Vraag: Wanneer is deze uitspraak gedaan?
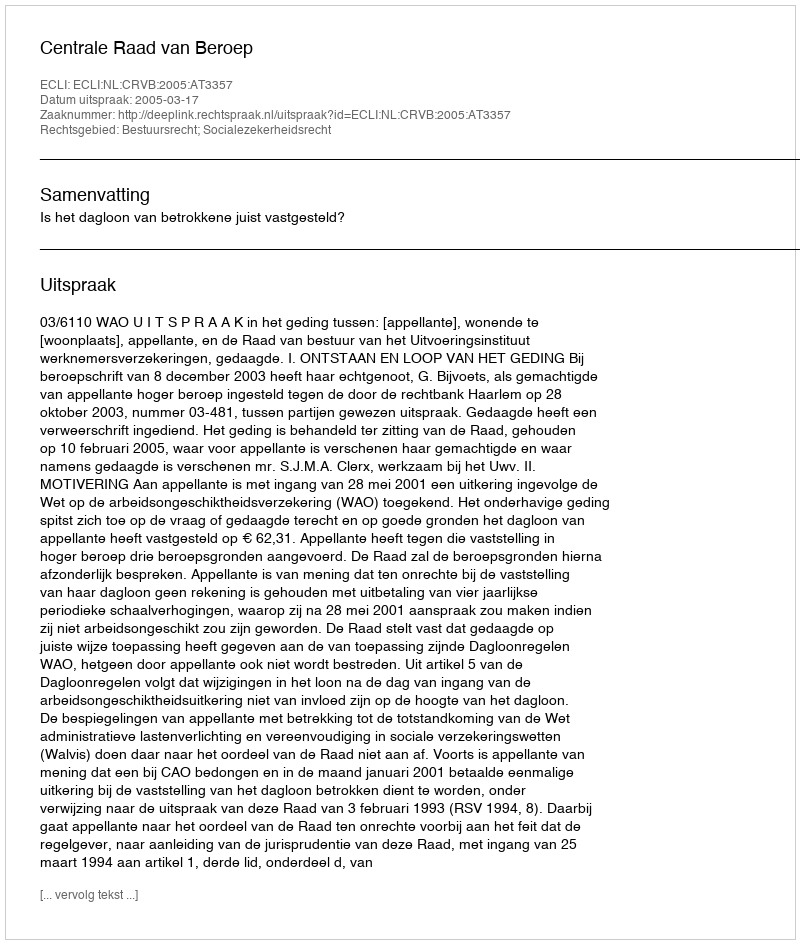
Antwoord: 2005-03-17